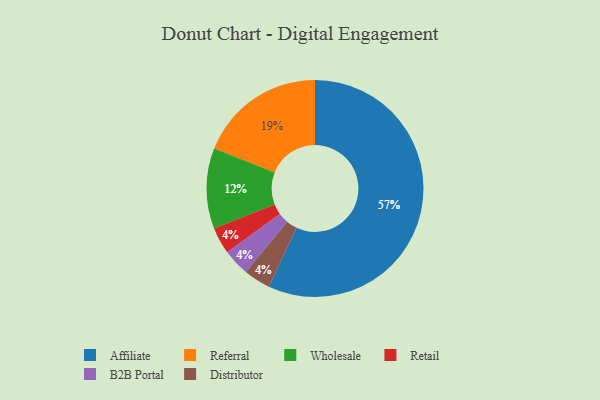
{"axis": {"x": "Category", "y": "Percentage"}, "legend": ["Affiliate", "B2B Portal", "Distributor", "Referral", "Retail", "Wholesale"], "data": [{"x": "Referral", "y": 19, "type": "Referral"}, {"x": "Affiliate", "y": 57, "type": "Affiliate"}, {"x": "Wholesale", "y": 12, "type": "Wholesale"}, {"x": "Retail", "y": 4, "type": "Retail"}, {"x": "B2B Portal", "y": 4, "type": "B2B Portal"}, {"x": "Distributor", "y": 4, "type": "Distributor"}]}